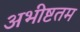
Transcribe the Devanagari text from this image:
अभीष्टतम